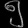
Digit: ၅